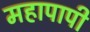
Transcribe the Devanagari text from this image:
महापापी